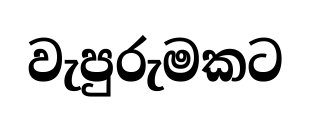
වැපුරුමකට